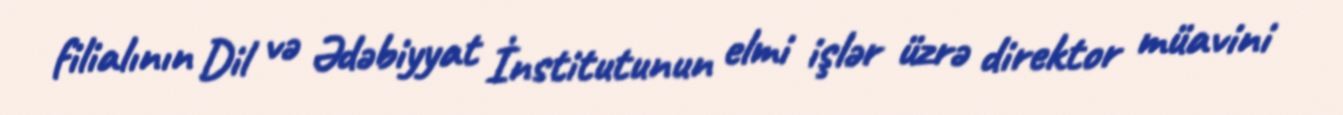
filialının Dil və Ədəbiyyat İnstitutunun elmi işlər üzrə direktor müavini